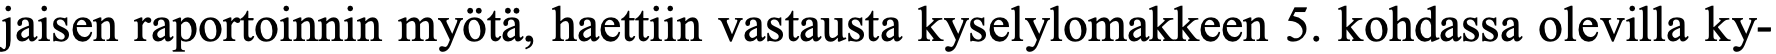
jaisen raportoinnin myötä, haettiin vastausta kyselylomakkeen 5. kohdassa olevilla ky-